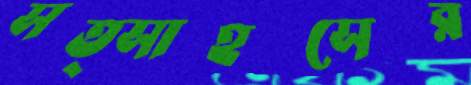
সত্সাহসের